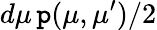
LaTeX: d\mu\, \mathtt{p}(\mu,\mu^{\prime})/2